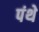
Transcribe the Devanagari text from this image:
पंथे